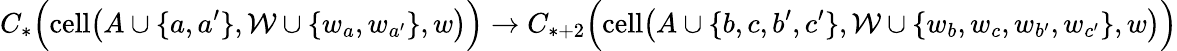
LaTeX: C_{*}\Big(\mathrm{cell}\big(A\cup\{ a,a^{\prime}\} ,\mathcal{W}\cup\{ w_{a},w_{a^{\prime}}\} ,w\big)\Big)\to C_{*+2}\Big(\mathrm{cell}\big(A\cup\{ b,c,b^{\prime},c^{\prime}\} ,\mathcal{W}\cup\{ w_{b},w_{c},w_{b^{\prime}},w_{c^{\prime}}\} ,w\big)\Big)